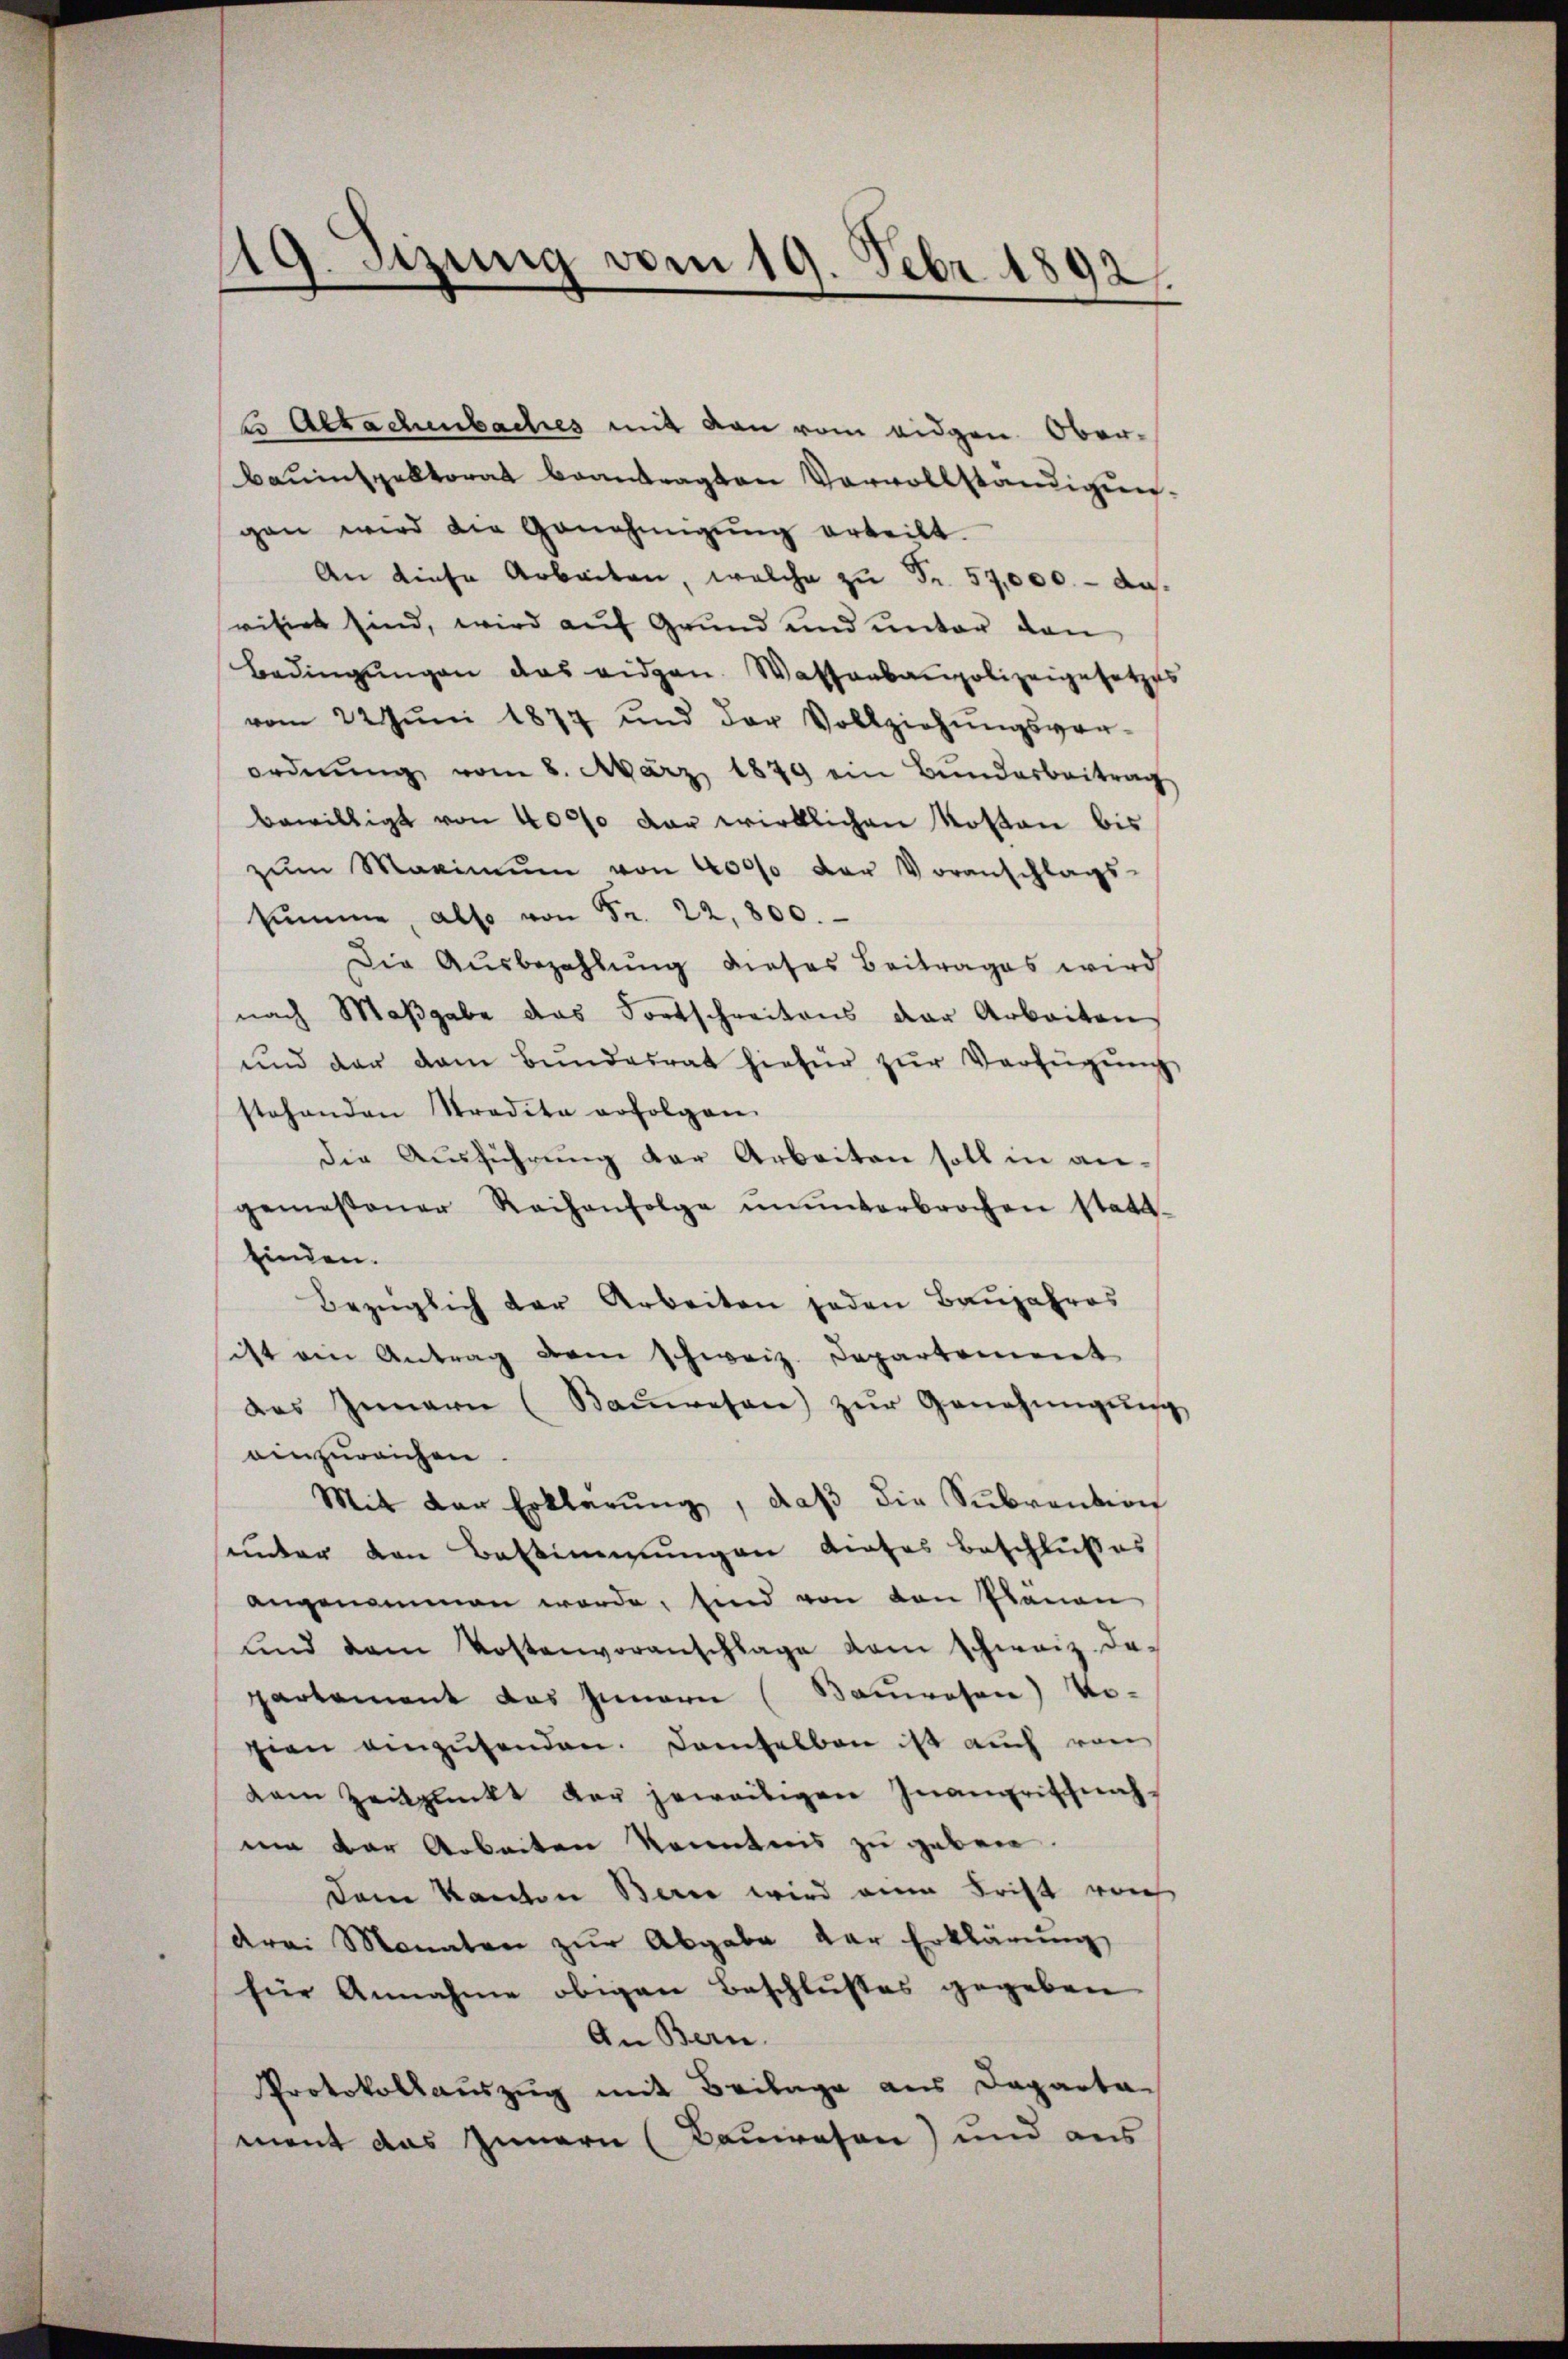
¬
19. Sizung vom 19. Febr. 1892

2 Abrachenbaches mit den vom eidgen. Oberbauinspektorat beantragten Vervollständigungen wird die Genehmigŭng erteilt.
An diese Arbeiten, welche zŭ Fr. 57,000. - darisirt sind, wird auf Grund und unter den
Bedingungen das eidgen. Wassenbaupolizeigesetzes
vom 22 Jŭni 1877 und der Vollziehŭngsvor-
ordnŭng vom 8. März 1879 ein Bŭndarbeitrag
bewilligt von 4000 der wirklichen Kosten bis
zŭm Maximŭm von 40000 der Voranschlags-
summe also von Fr. 22,800.
Die Ausbezahlung dieses Beitrages wird
nach Maßgabe das Fortschreitens der Arbeiten
und der dem Bŭndesrat hiefür zŭr Verfügŭng
stehenden Stradita erfolgen.
die Aŭsführŭng der Arbeiten soll in angemessener Reihenfolge ununterbrochen statt-
finden.
Bezüglich der Arbeiten jeden Baŭjahres
sitt ein Antrag dem schweiz. Departement
das Innern (Baŭwesen) zŭr Genehmigŭng
einzureichen.
Mit der Erklärung, daβ die Subvention
unter den Bestimmungen dieses beschlußes
angenommen werde, sind von den Plänen
ŭnd dem Kostenvoranschlage vom schweiz. Da-
partement das Innern (Bauwesen) Vozien anzŭsenden. Damselben ist auch von
dem Zeitpunkt der jeweiligen Inangriffnahmi der Arbeiten kenntnis zu geben.
Dem Kanton Berne wird ein Frist von
drei Monaten zŭr Abgabe der Erklärung
für Annahme obigen Beschlußes gegeben
An Bern.
Protokollauszug mit Beilage aus Departament das Innern (Bauwesen) und aus